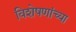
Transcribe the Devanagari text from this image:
विशेषणांच्या